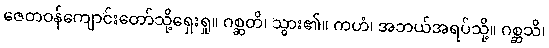
ဇေတဝန်ကျောင်းတော်သို့ရှေးရှု။ ဂစ္ဆတိ၊ သွား၏။ ကဟံ၊ အဘယ်အရပ်သို့။ ဂစ္ဆသိ၊